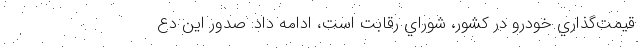
قيمت‌گذاري خودرو در کشور، شوراي رقابت است، ادامه داد: صدور اين دع